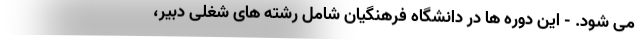
می شود. - این دوره ها در دانشگاه فرهنگیان شامل رشته های شغلی دبیر،